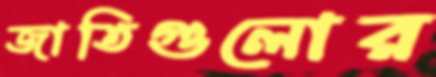
জাতিগুলোর